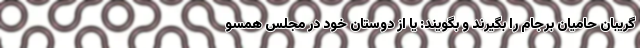
گریبان حامیان برجام را بگیرند و بگویند: یا از دوستان خود در مجلس همسو